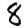
Digit: 8